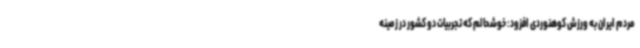
مردم ایران به ورزش کوهنوردی افزود: خوشحالم که تجربیات دو کشور در زمینه